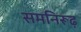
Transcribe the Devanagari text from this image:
समनिरूढ़